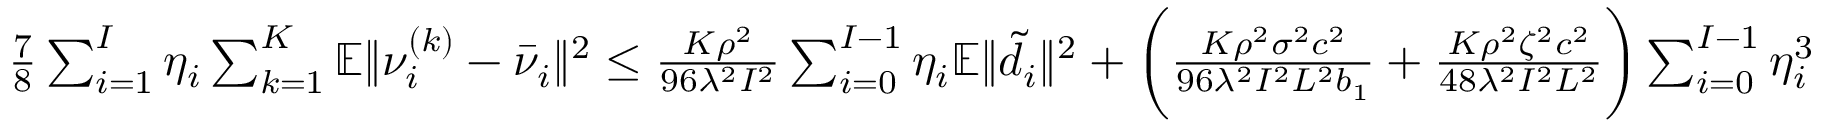
\begin{array} { r } { \frac { 7 } { 8 } \sum _ { i = 1 } ^ { I } \eta _ { i } \sum _ { k = 1 } ^ { K } \mathbb { E } \| \nu _ { i } ^ { ( k ) } - \bar { \nu } _ { i } \| ^ { 2 } \leq \frac { K \rho ^ { 2 } } { 9 6 \lambda ^ { 2 } I ^ { 2 } } \sum _ { i = 0 } ^ { I - 1 } \eta _ { i } \mathbb { E } \| \tilde { d } _ { i } \| ^ { 2 } + \bigg ( \frac { K \rho ^ { 2 } \sigma ^ { 2 } c ^ { 2 } } { 9 6 \lambda ^ { 2 } I ^ { 2 } L ^ { 2 } b _ { 1 } } + \frac { K \rho ^ { 2 } \zeta ^ { 2 } c ^ { 2 } } { 4 8 \lambda ^ { 2 } I ^ { 2 } L ^ { 2 } } \bigg ) \sum _ { i = 0 } ^ { I - 1 } \eta _ { i } ^ { 3 } } \end{array}